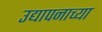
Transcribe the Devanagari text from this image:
उद्यापनाच्या